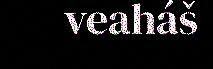
veaháš